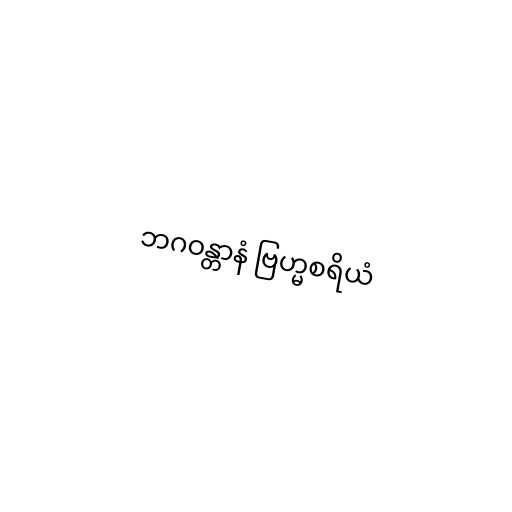
ဘဂဝန္တာနံ ဗြဟ္မစရိယံ